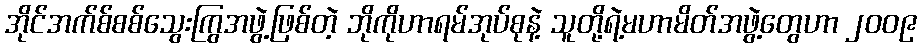
အိုင်အက်စ်စစ်သွေးကြွအဖွဲ့ဖြစ်တဲ့ ဘိုကိုဟာရမ်အုပ်စုနဲ့ သူတို့ရဲ့မဟာမိတ်အဖွဲ့တွေဟာ ၂၀၀၉